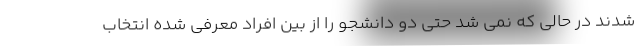
شدند در حالی که نمی شد حتی دو دانشجو را از بین افراد معرفی شده انتخاب